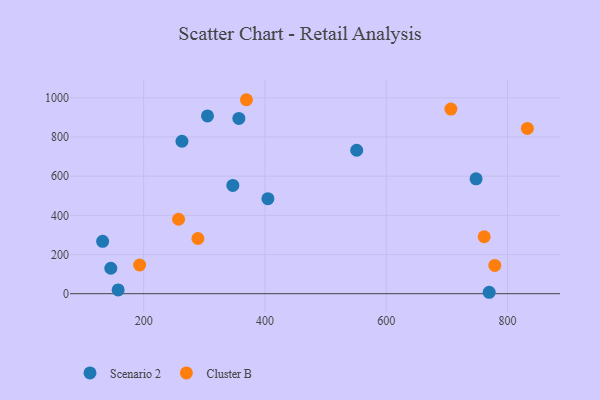
{"axis": {"x": "Investment", "y": "Demand"}, "legend": ["Cluster B", "Scenario 2"], "data": [{"x": "145.9", "y": 129.9, "type": "Scenario 2"}, {"x": "347.1", "y": 553.0, "type": "Scenario 2"}, {"x": "132.4", "y": 267.4, "type": "Scenario 2"}, {"x": "158.0", "y": 19.3, "type": "Scenario 2"}, {"x": "263.2", "y": 778.5, "type": "Scenario 2"}, {"x": "305.3", "y": 907.5, "type": "Scenario 2"}, {"x": "357.0", "y": 894.9, "type": "Scenario 2"}, {"x": "551.3", "y": 732.5, "type": "Scenario 2"}, {"x": "404.9", "y": 485.0, "type": "Scenario 2"}, {"x": "769.7", "y": 7.3, "type": "Scenario 2"}, {"x": "748.1", "y": 586.5, "type": "Scenario 2"}, {"x": "369.5", "y": 990.4, "type": "Cluster B"}, {"x": "706.6", "y": 942.8, "type": "Cluster B"}, {"x": "779.0", "y": 144.2, "type": "Cluster B"}, {"x": "832.7", "y": 843.7, "type": "Cluster B"}, {"x": "193.4", "y": 146.5, "type": "Cluster B"}, {"x": "257.6", "y": 380.2, "type": "Cluster B"}, {"x": "289.5", "y": 281.9, "type": "Cluster B"}, {"x": "761.5", "y": 290.9, "type": "Cluster B"}]}